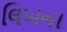
લિખના